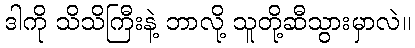
ဒါကို သိသိကြီးနဲ့ ဘာလို့ သူတို့ဆီသွားမှာလဲ။